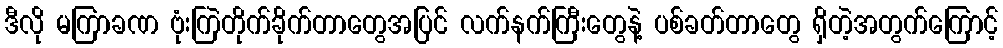
ဒီလို မကြာခဏ ဗုံးကြဲတိုက်ခိုက်တာတွေအပြင် လက်နက်ကြီးတွေနဲ့ ပစ်ခတ်တာတွေ ရှိတဲ့အတွက်ကြောင့်